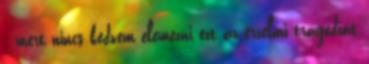
- mert nincs kedvem elemezni ezt az érzelmi tragédiát